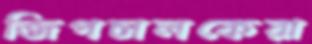
জিপচালকেরা